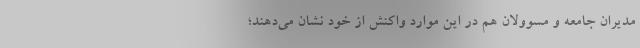
مدیران جامعه و مسوولان هم در این موارد واکنش از خود نشان می‌دهند؛